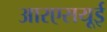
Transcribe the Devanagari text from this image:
आरएसयूई